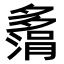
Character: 𫯗